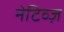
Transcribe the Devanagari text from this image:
नेटिव्ज़